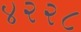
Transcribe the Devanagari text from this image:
४२२८